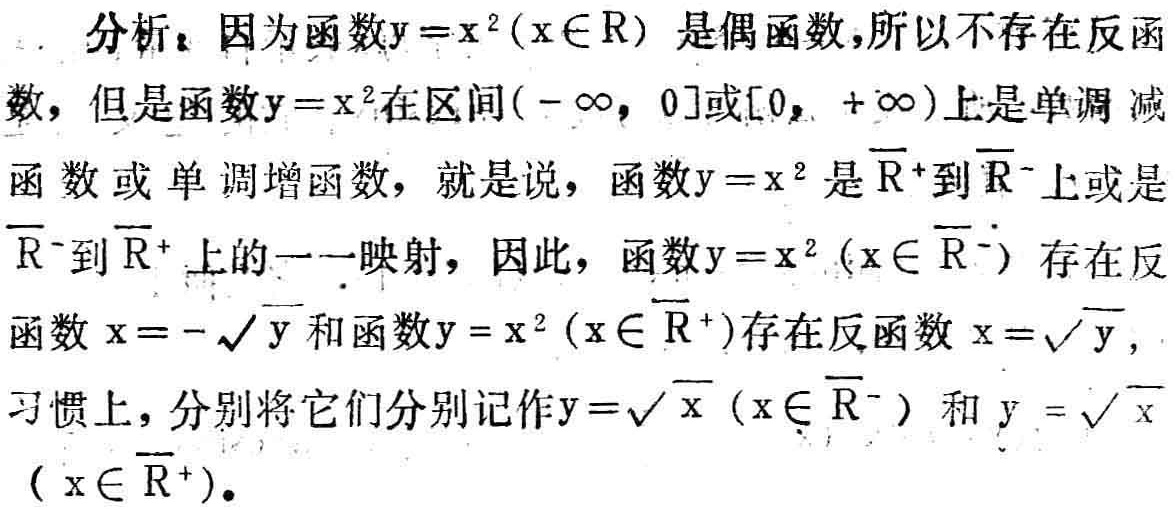
分析：因为函数\(y = x^{2}(x\in\mathbb{R})\)是偶函数，所以不存在反函数，但是函数\(y = x^{2}\)在区间\((-\infty, 0]\)或\([0, +\infty)\)上是单调减函数或单调增函数，就是说，函数\(y = x^{2}\)是\(\overline{\mathbb{R}}^{+}\)到\(\overline{\mathbb{R}}^{-}\)上或是\(\overline{\mathbb{R}}^{-}\)到\(\overline{\mathbb{R}}^{+}\)上的一一映射，因此，函数\(y = x^{2}(x\in\overline{\mathbb{R}}^{-})\)存在反函数\(x = -\sqrt{y}\)和函数\(y = x^{2}(x\in\overline{\mathbb{R}}^{+})\)存在反函数\(x = \sqrt{y}\)，习惯上，分别将它们分别记作\(y = \sqrt{x}(x\in\overline{\mathbb{R}}^{-})\)和\(y = \sqrt{x}(x\in\overline{\mathbb{R}}^{+})\)。